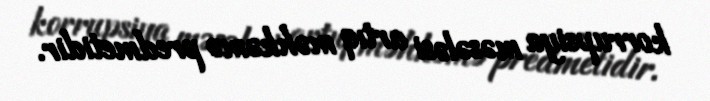
korrupsiya məsələsi artıq məhkəmə predmetidir.